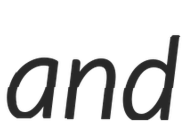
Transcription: and